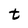
Character: t